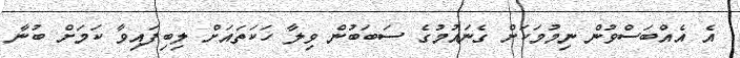
އެ އެއްބަސްވުން ނިމުމަކަށް ގެނައުމުގެ ސަބަބުން ވިލާ ހަކަތައަށް ލިބިފައިވާ ކަމަށް ބުނާ